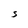
Character: S